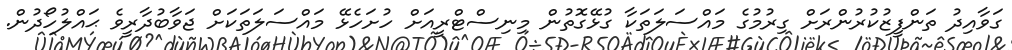
ގަވާއިދު ތަންފީޒުކުރުންރަށް ގިރުމުގެ މައްސަލަތަކާ ގުޅޭގޮތުން މިނިސްޓްރީއަށް ހުށަހެޅޭ މައްސަލަތަކަށް ޖަވާބުދާރީވެ ޙައްލުހޯދުން.